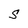
Character: S